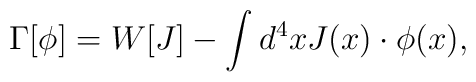
\Gamma[\phi]=W[J]-\int d^4x J(x)\cdot\phi(x),